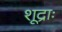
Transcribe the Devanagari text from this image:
शूद्राः